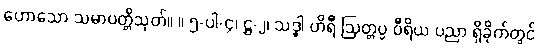
ဟောသော သမာပတ္တိသုတ်။ ။ ၅-ပါ-၄၊ ဋ္ဌ-၂၊ သဒ္ဓါ ဟိရီ ဩတ္တပ္ပ ဝီရိယ ပညာ ရှိခိုက်တွင်